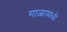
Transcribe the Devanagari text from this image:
गाळामध्ये